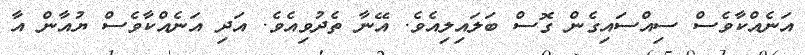
އަނެއްކާވެސް ސިއްސައިގެން ގޮސް ބަލައިލިއެވެ. އޭނާ ތެދުވިއެވެ. އަދި އަނެއްކާވެސް ޔުއާން އާ